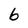
Character: 6